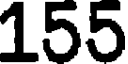
155